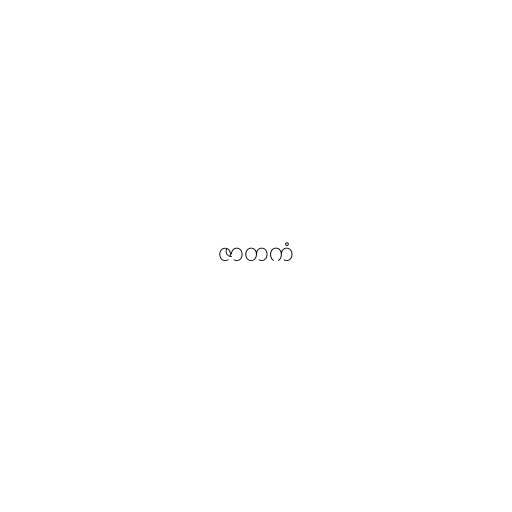
ဇာတကံ